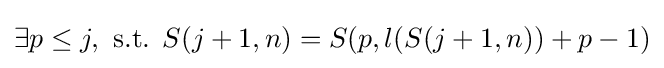
\exists p\leq j,{\text{ s.t.  }}S(j+1,n)=S(p,l(S(j+1,n))+p-1)